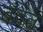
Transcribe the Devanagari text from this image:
बंवैत